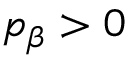
p _ { \beta } > 0